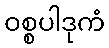
ဝစ္စပါဒုကံ